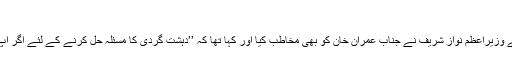
‘‘
29 جنوری کو قومی اسمبلی کے ایوان سے خطاب کرتے ہُوئے وزیرِاعظم نواز شریف نے جناب عمران خان کو بھی مخاطب کِیا اور کہا تھا کہ ’’دہشت گردی کا مسئلہ حل کرنے کے لئے اگر آپ مجھے دعوت دیں تو مَیں آپ کے گھر آنے کو بھی تیّار ہُوں!